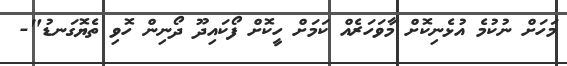
މަހަށް ނުކުމެ އުޅެނިކޮށް މާވަހަރެއް ކަމަށް ހީކޮށް ފޯކައިދޫ ދޯނިން ހޮވި ތެޔޮގަނޑު"-